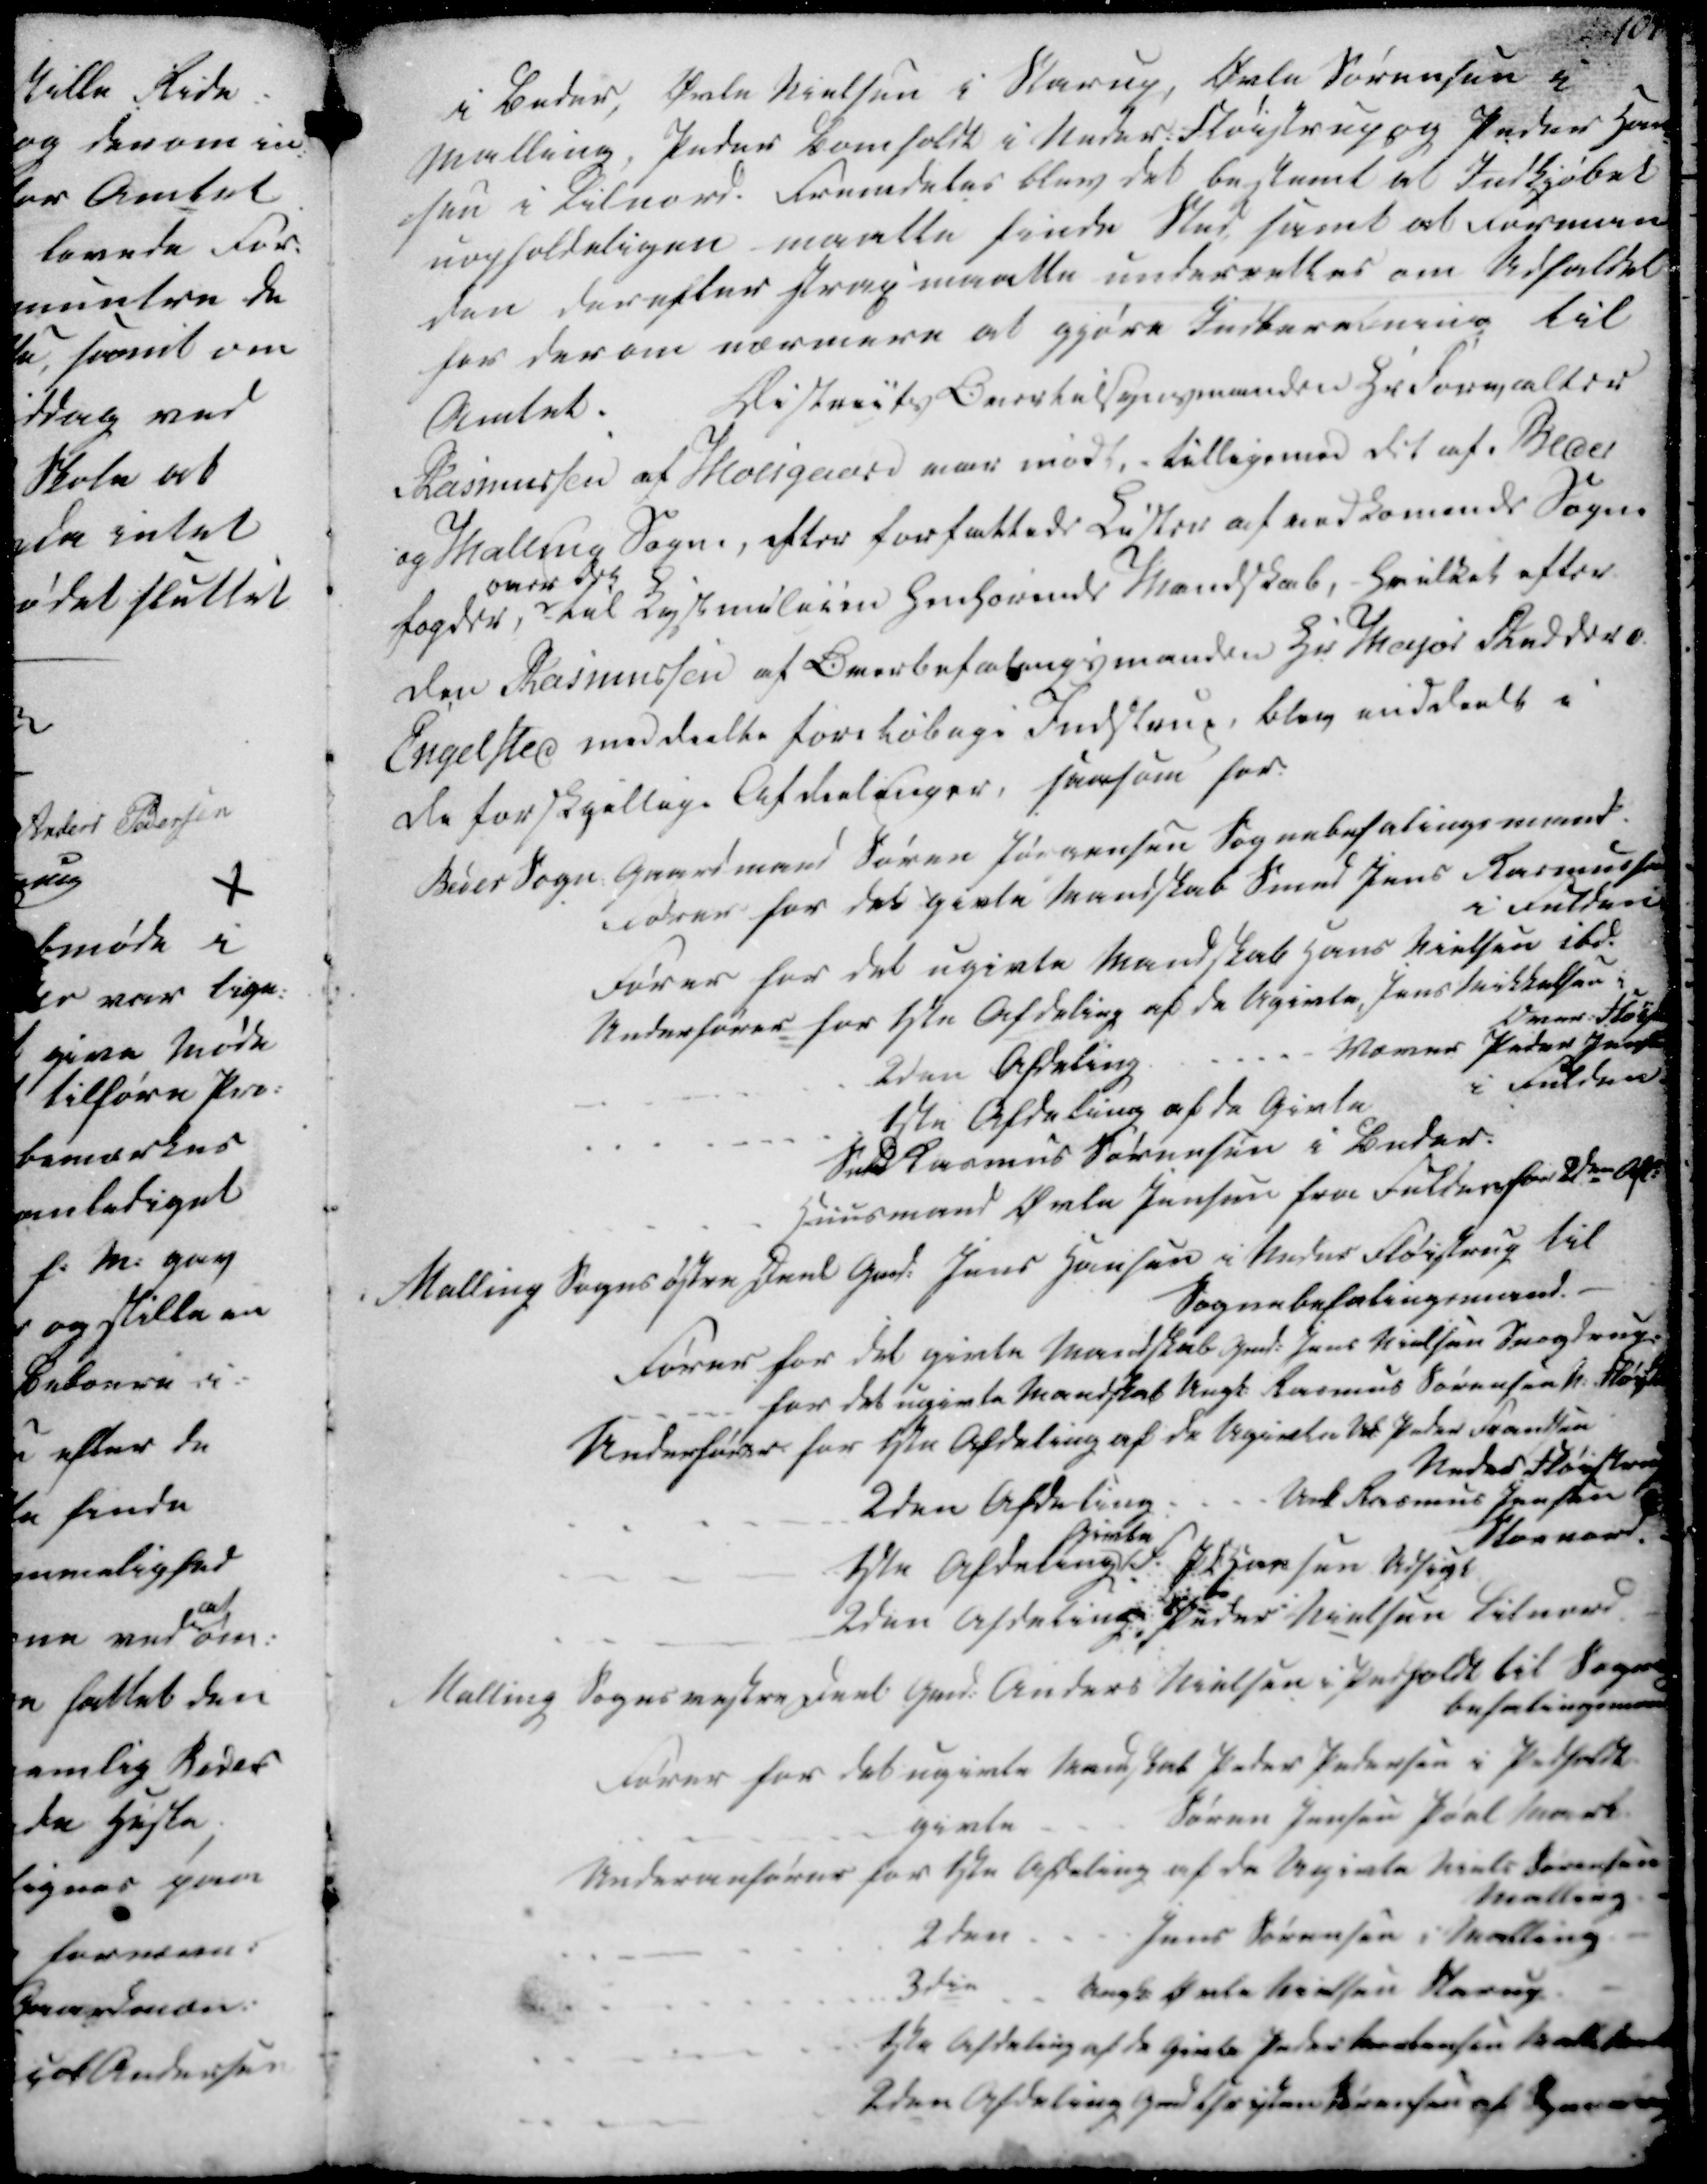
Transskription:
i Beder, Ørle Nielsen i Starup, Ørle Sørensen i
Malling, Peder Lomholdt i Neder Fløistrup og Peder Han
sen i Lilnord. Fremdeles blev det bestemt at Indkjøbet
uopholdeligen maatte finde Sted samt at Forman-
den derefter strax maatte underrettes om Udfaldet
for derom nærmere at gjøre Indberetning til
Amtet.
Districts Overtilsynsmanden Hr. Forvalter
Rasmussen af Moesgaard var mødt, tilligemed dit af. Beder
og Malling Sogne, efter forfattede Listen af vedkomende Sogne
fogder,
over det
til Kystudlinen Henhørende Mandskab, Hvilket efter
den Rasmussen af Overbefalingsmanden Hr Mayor Ridder v.
Engelsted meddeelte foreløbige Indstrux, blev inddeelt i
de forskjellige Afdeelinger, saasom for

Beder Sogn Gaardmand Søren Jørgensen Sognebefalingsmand
drer for det givte Mandskab Smed Jens Rasmussen
i Fulden
Fører for det ugivte Mandskab Hans Nielsen ibd.
Underfører for 1ste Afdeling af de Ugivte Jens Mikkelsen i
Over Fløistrup
2den Aftaling
Væver Peder Jensen
i Fulden.
1ste Afdeling af de Givte
Smed Rasmus Sørensen i Beder.
Huusmand Øvle Jensen fra Fulden for 2den Afd.
Malling Sogns østre Deel Gmd. Jens Hansen i Neder Fløistrup til
Sognebefalingsmand.
Fører for det givte Mandskab Gmd. Jens Nielsen Snovdrup
for det ugivte Mandskab Ungk. Rasmus Sørensen N. Fløist
Underfører for 1ste Afdeling af de Ugivter Unk Peder Frandsen
Neder Fløistrup
2den Afdeling . . . . Unk Rasmus Jensen
Stornord.
1ste Afdeling.
Givte
F. J Hansen Adsigt
2den Afdeling Peder Nielsen Lilnord.
Malling Sogns vestre Deel Gmd. Anders Nielsen i Pedholdt til Sogne
befalingsmand
Fører for det ugivte Mandskab Peder Pedersen i Pedholdt
givte
Søren Jensen Pøel Mark.
Underanfører for 1ste Afdeling af da Ugivte Niels Sørensen
Malling
2den
Jens Sørensen i Malling
3den
Ungk. Øvle Nielsen Starup
1ste Afdeling af de Givte Peder Christensen 
2den Afdeling Gmd Christen Sørensen af Synnedrup